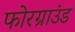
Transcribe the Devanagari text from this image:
फोरग्राउंड